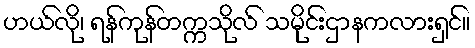
ဟယ်လို၊ ရန်ကုန်တက္ကသိုလ် သမိုင်းဌာနကလားရှင်။